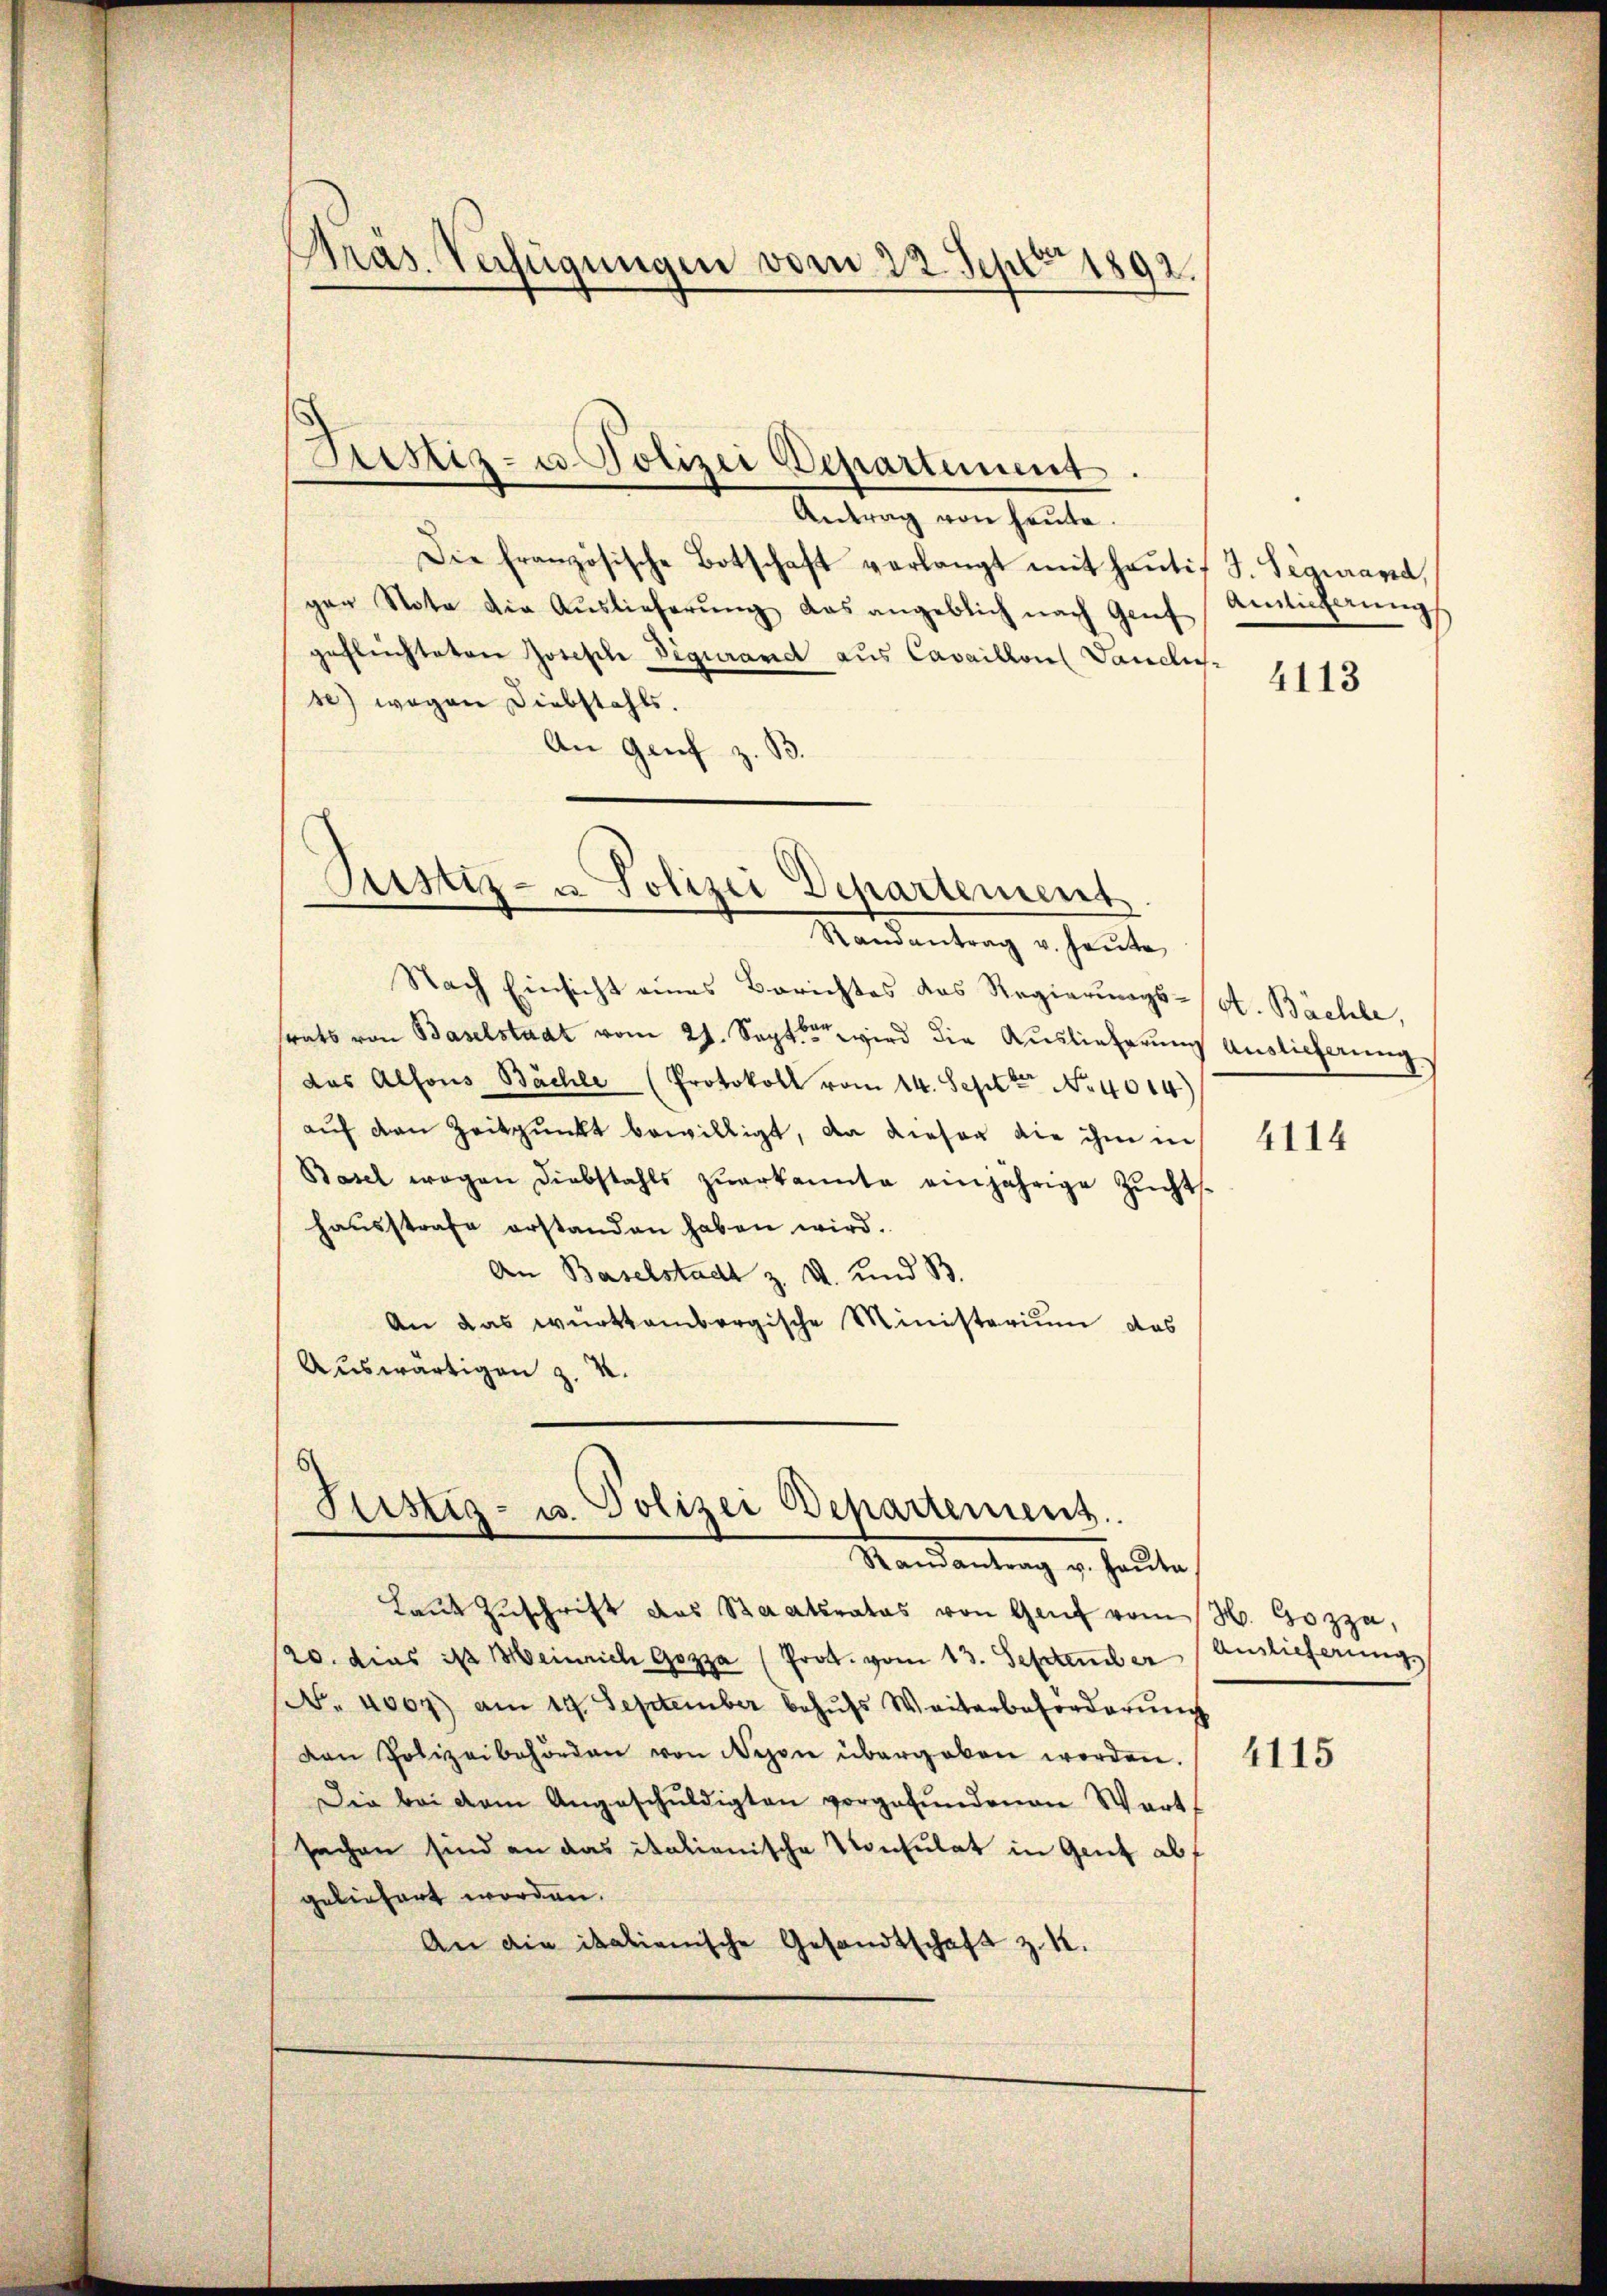
Präs. Verfügungen vom 22. Sept 1892.

Justiz- u. Polizei Departement

Antrag von heute.
Die französische Botschaft verlangt mit hantis J. Segurand,
gen Note die Aŭslieferŭng das angeblich nach Genf
geflüchteten Joseph Figurand aus Cavaillons Vanclus
se) wegen Diebstahls.
An Genf z. B.

Pustiz- u. Polizei Departement

Randantrag u. heute
Nach Einsicht eines Berichtes das Regierungs-Vot. Bächle,
trats von Baselstaat vom 21. Sept. wird die Auslieferung Auslicherung
das Alfons Bächle (Protokoll vom 14. Sept No. 4014)
auf den Zeitpunkt bewilligt, da dieser die ihm in
Basel wegen Diebstahls zŭerkannte einjährige Zŭchts-
haŭsstrafe erstanden haben wird.
An Baselstadt z. v. und B
An das württembergische Ministerium das
Auswärtigen z. 4.

Justiz- u. Polizei Departement.
Randantrag u. Haŭta

Amlicherung

Laut Zuschrift das Staatsrates von Genf vom H. Gozza,
20. dies ist Meinrich Gozza (Prot. vom 13. September Auslieferung
No. 4009) am 19. September behufs Weiterbeforderung
ven Polizeibehörden von Nyon übergeben worden.
Die bei dem Angeschuldigten vorgefundenen Wart
sachen sind an das italienische Konsulat in Gent abf
geliefert worden.
An die italienische Gesandtschaft z. K.

4113

4114

4115